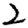
Digit: 2